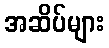
အဆိပ်များ